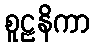
စူဠနိကာ